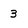
Character: 3